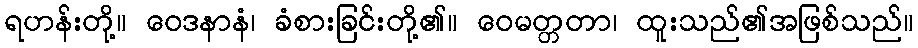
ရဟန်းတို့။ ဝေဒနာနံ၊ ခံစားခြင်းတို့၏။ ဝေမတ္တတာ၊ ထူးသည်၏အဖြစ်သည်။